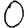
Digit: 0